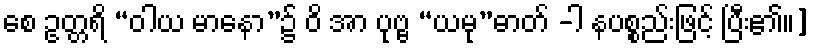
စေ ဥတ္တရိ “ဝါယ မာနော”၌ ဝိ အာ ပုဗ္ဗ “ယမု”ဓာတ် -ါ နပစ္စည်းဖြင့် ပြီး၏။]